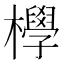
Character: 㰒